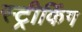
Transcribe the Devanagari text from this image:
स्ट्रीकिंग